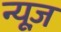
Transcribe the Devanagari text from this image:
न्‍यूज़